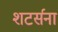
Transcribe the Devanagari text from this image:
शटर्सना